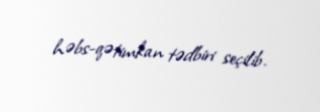
həbs-qətimkan tədbiri seçilib.